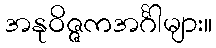
အနုဝိဇ္ဇကအင်္ဂါများ။